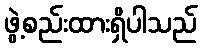
ဖွဲ့စည်းထားရှိပါသည်